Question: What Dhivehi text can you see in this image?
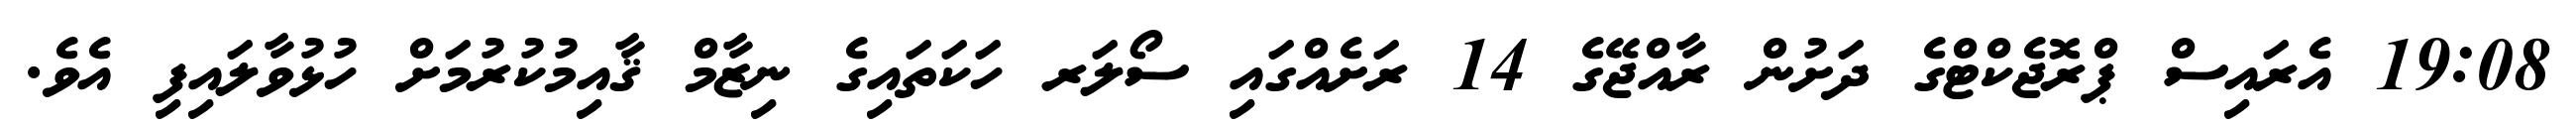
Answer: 19:08 އެރައިސް ޕްރޮޖެކްޓްގެ ދަށުން ރާއްޖޭގެ 14 ރަށެއްގައި ސޯލަރ ހަކަތައިގެ ނިޒާމް ޤާއިމުކުރުމަށް ހުޅުވާލައިފި އެވެ.